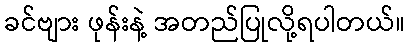
ခင်ဗျား ဖုန်းနဲ့ အတည်ပြုလို့ရပါတယ်။